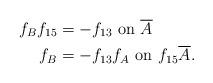
LaTeX: \begin{align*}f_Bf_{15} &= -f_{13} \mbox{ on $\overline{A}$} \\f_B &= -f_{13}f_A \mbox{ on $f_{15}\overline{A}$}. \end{align*}